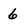
Character: 6